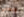
ويعني